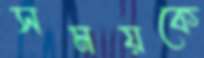
সময়কে